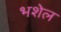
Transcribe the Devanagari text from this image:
भशेल